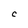
Character: C